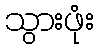
သွားဖုံး